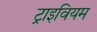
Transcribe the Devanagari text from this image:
ट्राइवियम